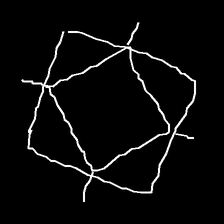
Glyph: light